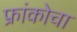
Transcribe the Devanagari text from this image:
फ्रांकोचा